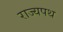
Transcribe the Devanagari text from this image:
राज्यपथ